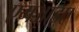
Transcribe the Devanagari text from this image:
एमआइए